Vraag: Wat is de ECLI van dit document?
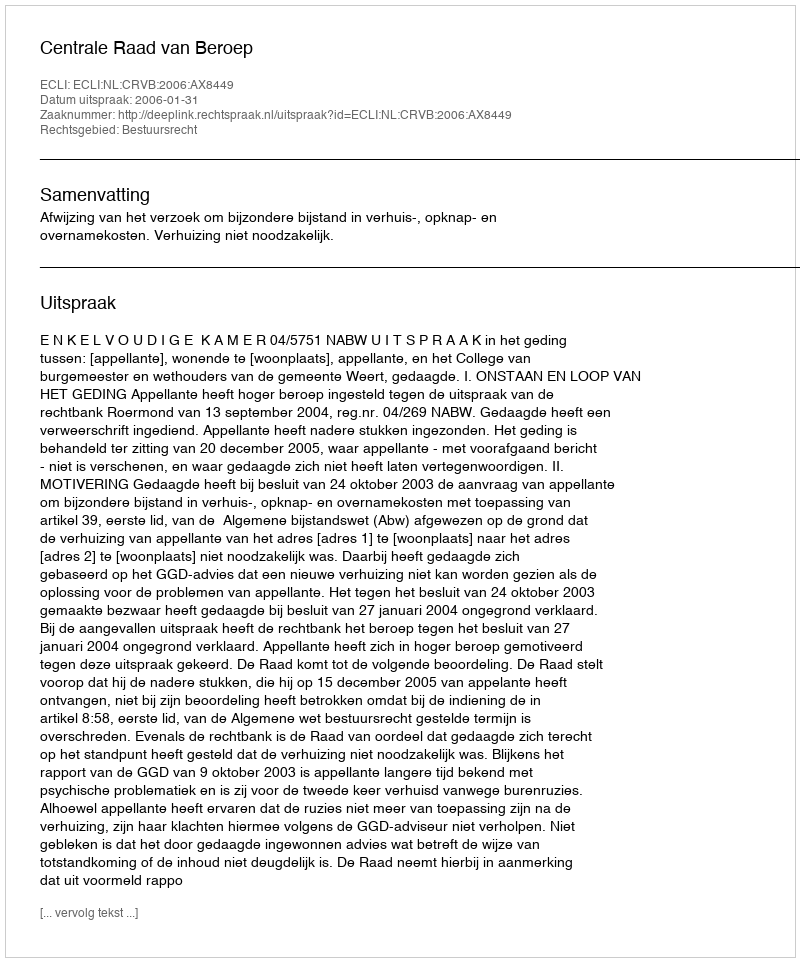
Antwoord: ECLI:NL:CRVB:2006:AX8449